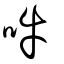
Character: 吽